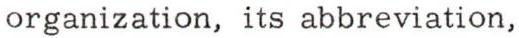
organization, its abbreviation,